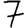
Digit: 7